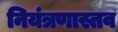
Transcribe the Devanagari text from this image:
नियंत्रणास्तव